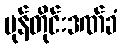
မုန်တိုင်းဒဏ်ခံ